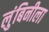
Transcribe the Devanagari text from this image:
लुंबिनीला